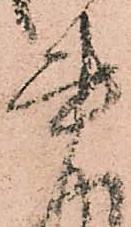
書